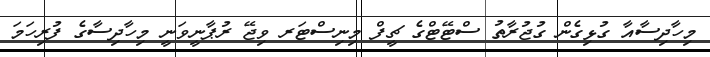
މިހާދިސާއާ ގުޅިގެން ގުޖުރާތު ސްޓޭޓްގެ ޗީފް މިނިސްޓަރ ވިޖޭ ރުޕާނީވަނީ މިހާދިސާގެ ފުރިހަމަ